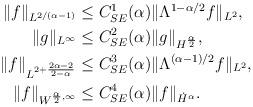
LaTeX: \begin{align*}\begin{aligned}\|f\|_{L^{2/(\alpha-1)}}&\leq C^1_{SE}(\alpha)\|\Lambda^{1-\alpha/2}f\|_{L^2},\\\|g\|_{L^{\infty}}&\leq C^2_{SE}(\alpha)\|g\|_{H^\frac{\alpha}{2}},\\\|f\|_{L^{2+\frac{2\alpha-2}{2-\alpha}}}&\leq C^3_{SE}(\alpha)\|\Lambda^{(\alpha-1)/2}f\|_{L^2},\\\|f\|_{W^{\frac{\alpha}{2} ,\infty}}&\leq C^4_{SE}(\alpha)\|f\|_{\dot{H}^{\alpha}}.\end{aligned}\end{align*}